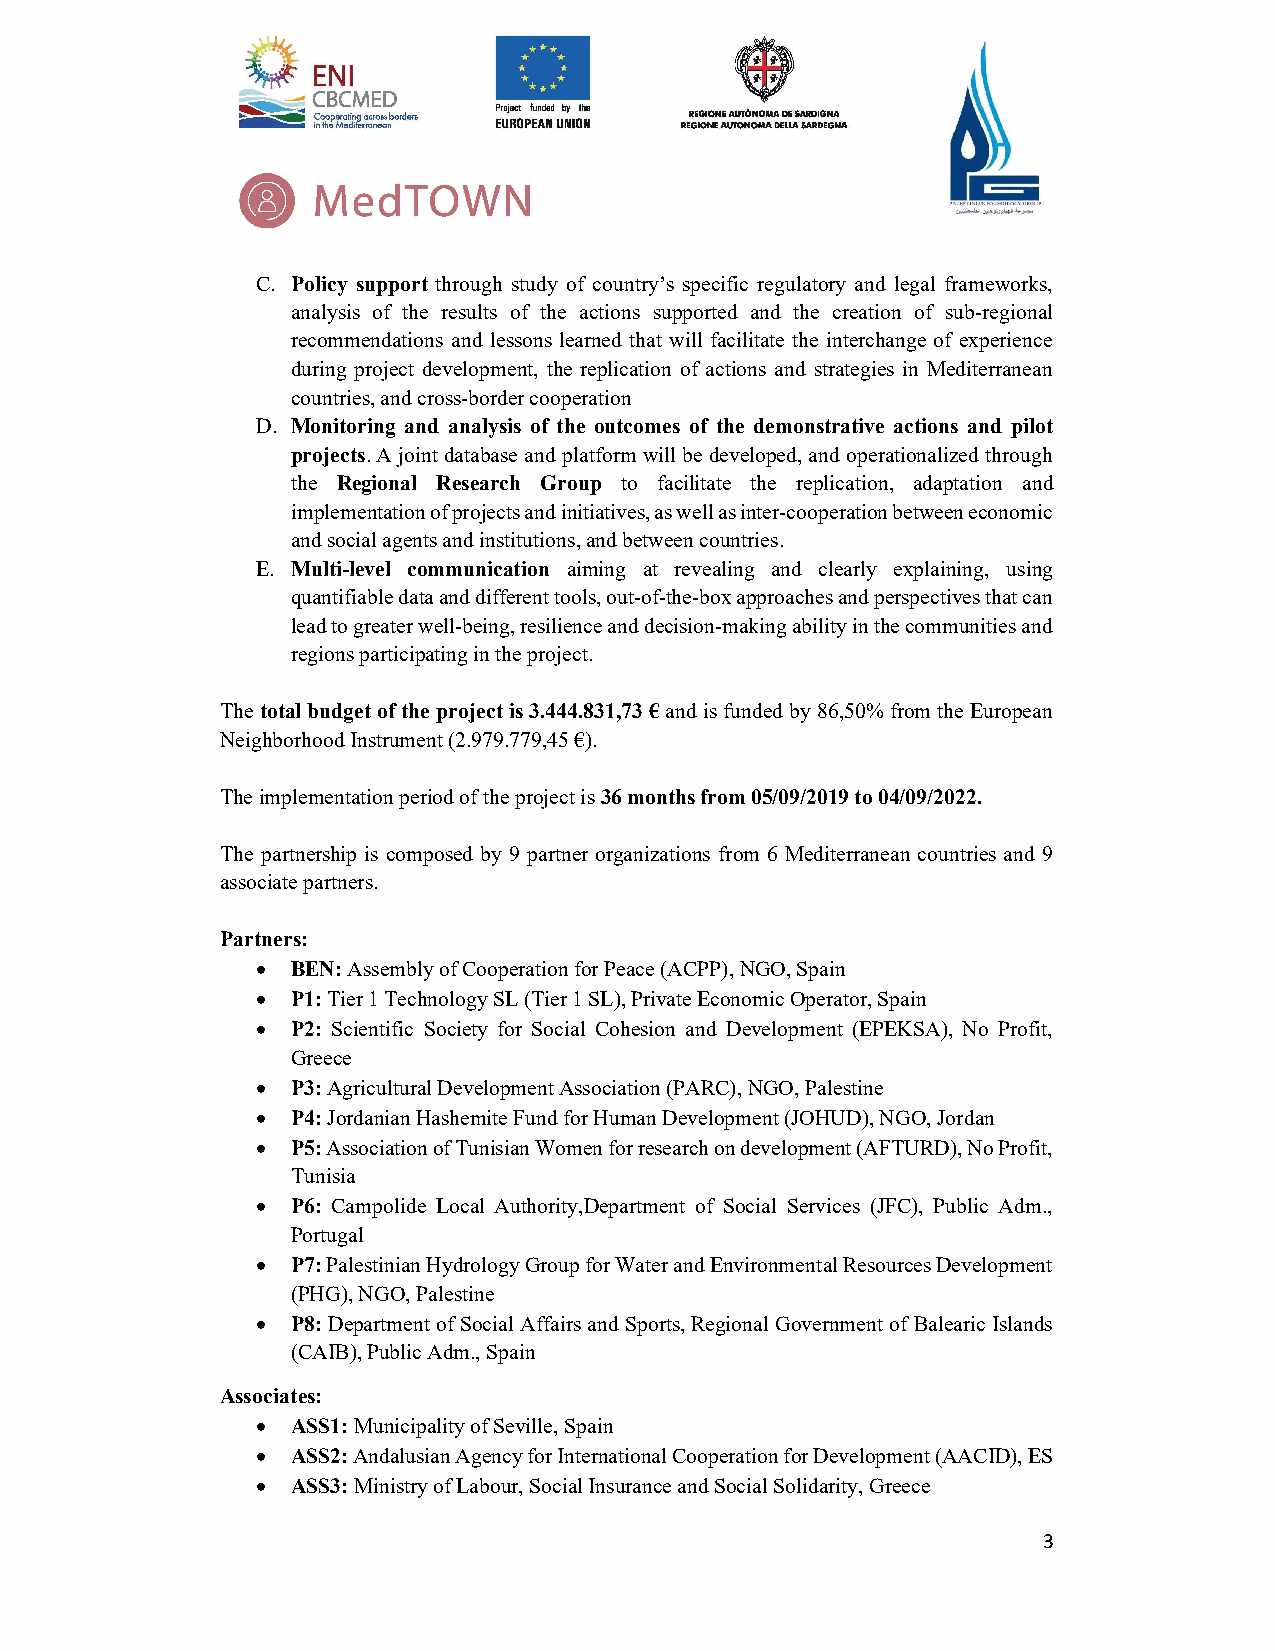
C. Policy support through study of country’s specific regulatory and legal frameworks,
 analysis of the results of the actions supported and the creation of sub-regional
 recommendations and lessons learned that will facilitate the interchange of experience
 during project development, the replication of actions and strategies in Mediterranean
 countries, and cross-border cooperation
 D. Monitoring and analysis of the outcomes of the demonstrative actions and pilot
 projects. A joint database and platform will be developed, and operationalized through
 the Regional Research Group to facilitate the replication, adaptation and
 implementation of projects and initiatives, as well as inter-cooperation between economic
 and social agents and institutions, and between countries.
 E. Multi-level communication aiming at revealing and clearly explaining, using
 quantifiable data and different tools, out-of-the-box approaches and perspectives that can
 lead to greater well-being, resilience and decision-making ability in the communities and
 regions participating in the project.
 The total budget of the project is 3.444.831,73 € and is funded by 86,50% from the European
 Neighborhood Instrument (2.979.779,45 €).
 The implementation period of the project is 36 months from 05/09/2019 to 04/09/2022.
 The partnership is composed by 9 partner organizations from 6 Mediterranean countries and 9
 associate partners.
 Partners:
  BEN: Assembly of Cooperation for Peace (ACPP), NGO, Spain
  P1: Tier 1 Technology SL (Tier 1 SL), Private Economic Operator, Spain
  P2: Scientific Society for Social Cohesion and Development (EPEKSA), No Profit,
 Greece
  P3: Agricultural Development Association (PARC), NGO, Palestine
  P4: Jordanian Hashemite Fund for Human Development (JOHUD), NGO, Jordan
  P5: Association of Tunisian Women for research on development (AFTURD), No Profit,
 Tunisia
  P6: Campolide Local Authority,Department of Social Services (JFC), Public Adm.,
 Portugal
  P7: Palestinian Hydrology Group for Water and Environmental Resources Development
 (PHG), NGO, Palestine
  P8: Department of Social Affairs and Sports, Regional Government of Balearic Islands
 (CAIB), Public Adm., Spain
 Associates:
  ASS1: Municipality of Seville, Spain
  ASS2: Andalusian Agency for International Cooperation for Development (AACID), ES
  ASS3: Ministry of Labour, Social Insurance and Social Solidarity, Greece
 3